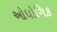
ઓધોગિક